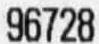
96728